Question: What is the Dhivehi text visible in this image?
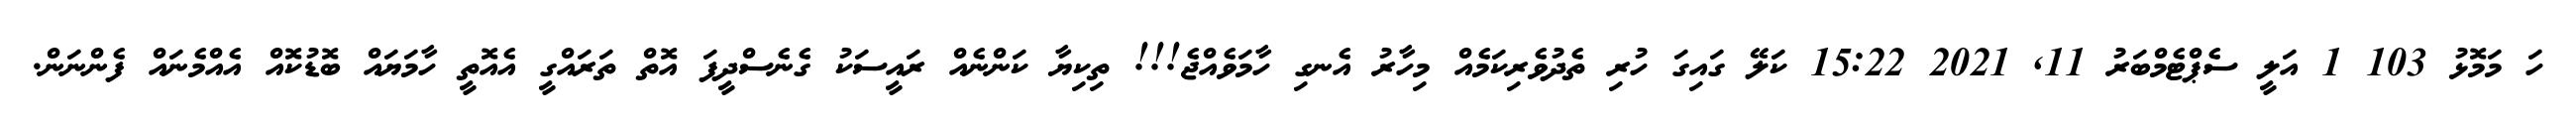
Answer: ހަ މަމޮޅު 103 1 އަލީ ސެޕްޓެމްބަރު 11, 2021 15:22 ކަލޭ ގައިގަ ހުރި ތެދުވެރިކަމެއް މިހާރު އެނގި ހާމަވެއްޖެ!!! ތިކިޔާ ކަންނެއް ރައީސަކު ގެނެސްދީފަ އޮތް ތަރައްގީ އެއޮތީ ހާމަޔައް ބޮޑުކޮއް އެއްމެނައް ފެންނަން.